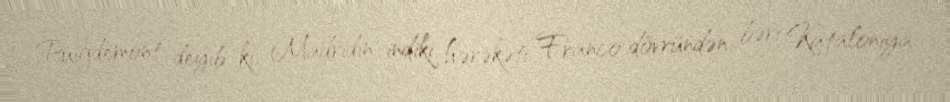
Puigdemont deyib ki, Madridin indiki hərəkəti Franco dövründən bəri Kataloniya